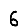
Digit: 6